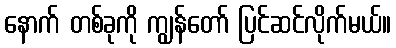
နောက် တစ်ခုကို ကျွန်တော် ပြင်ဆင်လိုက်မယ်။